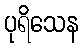
ပုရိသေန